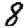
Digit: 8